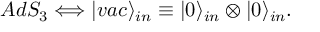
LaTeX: A d S _ { 3 } \Longleftrightarrow | v a c \rangle _ { i n } \equiv | 0 \rangle _ { i n } \otimes | 0 \rangle _ { i n } .